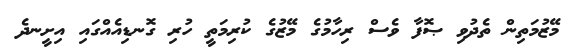
މޭޒުމަތިން ތެދުވި ޞޮފާ ވެސް ރިހާމުގެ މޭޒުގެ ކުރިމަތީ ހުރި ގޮނޑިއެއްގައި އިށީނދެ